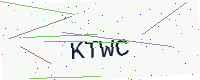
Text: KTWC